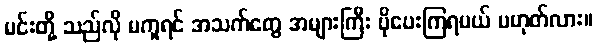
မင်းတို့ သည်လို မကူရင် အသက်တွေ အများကြီး ပိုပေးကြရမယ် မဟုတ်လား။